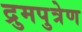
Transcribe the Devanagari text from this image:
द्रुमपुत्रेण